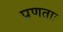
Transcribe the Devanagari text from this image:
प्रणताः